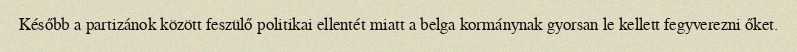
Később a partizánok között feszülő politikai ellentét miatt a belga kormánynak gyorsan le kellett fegyverezni őket.